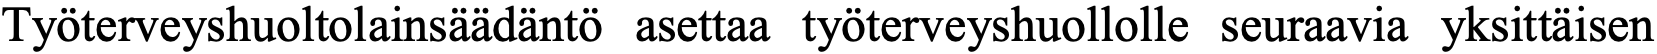
Työterveyshuoltolainsäädäntö asettaa työterveyshuollolle seuraavia yksittäisen